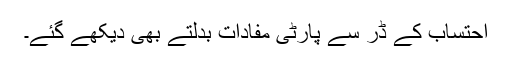
احتساب کے ڈر سے پارٹی مفادات بدلتے بھی دیکھے گئے۔